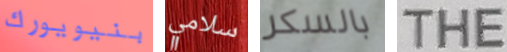
بنيويورك سلامي بالسكر THE